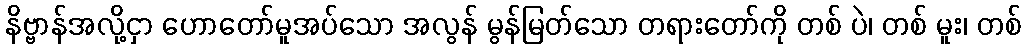
နိဗ္ဗာန်အလို့ငှာ ဟောတော်မူအပ်သော အလွန် မွန်မြတ်သော တရားတော်ကို တစ် ပဲ၊ တစ် မူး၊ တစ်